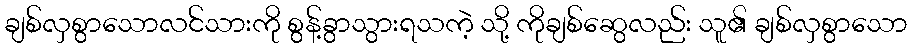
ချစ်လှစွာသောလင်သားကို စွန့်ခွာသွားရသကဲ့ သို့ ကိုချစ်ဆွေလည်း သူ၏ ချစ်လှစွာသော